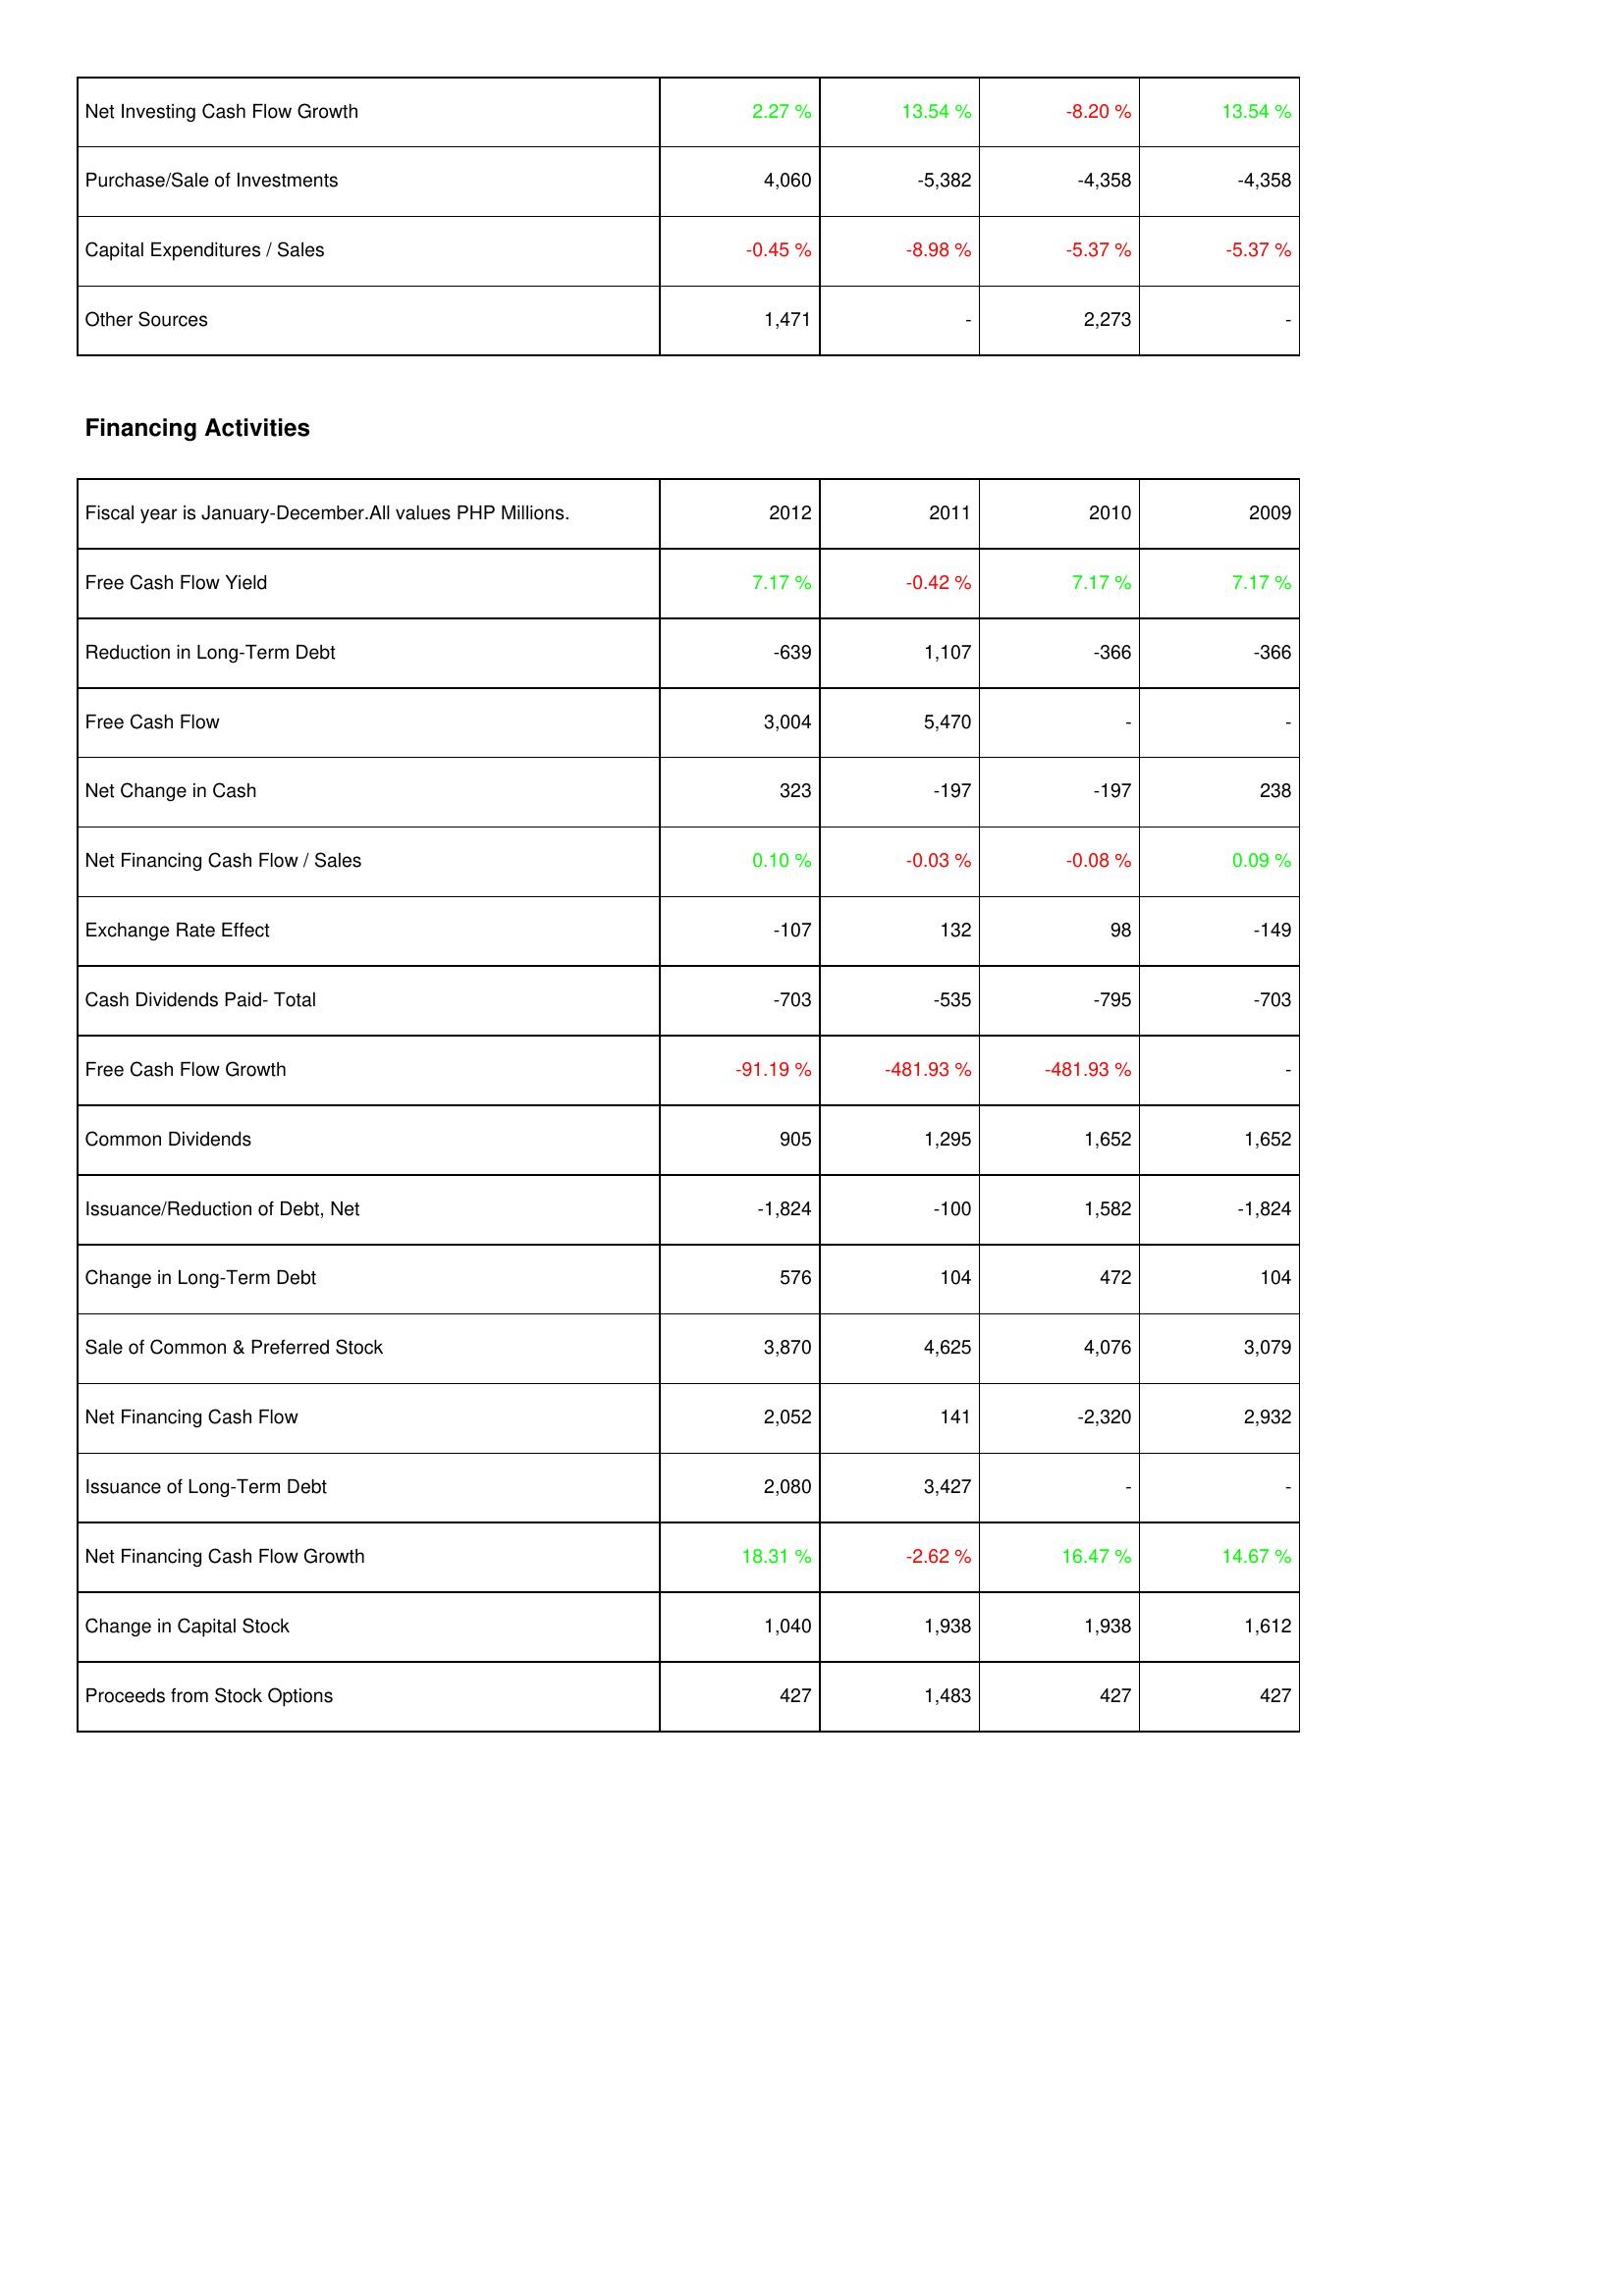
2012: Investing Activities: Net Investing Cash Flow Growth: 2.27 %
Purchase/Sale of Investments: 4,060
Capital Expenditures / Sales: -0.45 %
Other Sources: 1,471
Financing Activities: Free Cash Flow Yield: 7.17 %
Reduction in Long-Term Debt: -639
Free Cash Flow: 3,004
Net Change in Cash: 323
Net Financing Cash Flow / Sales: 0.10 %
Exchange Rate Effect: -107
Cash Dividends Paid- Total: -703
Free Cash Flow Growth: -91.19 %
Common Dividends: 905
Issuance/Reduction of Debt, Net: -1,824
Change in Long-Term Debt: 576
Sale of Common & Preferred Stock: 3,870
Net Financing Cash Flow: 2,052
Issuance of Long-Term Debt: 2,080
Net Financing Cash Flow Growth: 18.31 %
Change in Capital Stock: 1,040
Proceeds from Stock Options: 427
2011: Investing Activities: Net Investing Cash Flow Growth: 13.54 %
Purchase/Sale of Investments: -5,382
Capital Expenditures / Sales: -8.98 %
Other Sources: -
Financing Activities: Free Cash Flow Yield: -0.42 %
Reduction in Long-Term Debt: 1,107
Free Cash Flow: 5,470
Net Change in Cash: -197
Net Financing Cash Flow / Sales: -0.03 %
Exchange Rate Effect: 132
Cash Dividends Paid- Total: -535
Free Cash Flow Growth: -481.93 %
Common Dividends: 1,295
Issuance/Reduction of Debt, Net: -100
Change in Long-Term Debt: 104
Sale of Common & Preferred Stock: 4,625
Net Financing Cash Flow: 141
Issuance of Long-Term Debt: 3,427
Net Financing Cash Flow Growth: -2.62 %
Change in Capital Stock: 1,938
Proceeds from Stock Options: 1,483
2010: Investing Activities: Net Investing Cash Flow Growth: -8.20 %
Purchase/Sale of Investments: -4,358
Capital Expenditures / Sales: -5.37 %
Other Sources: 2,273
Financing Activities: Free Cash Flow Yield: 7.17 %
Reduction in Long-Term Debt: -366
Free Cash Flow: -
Net Change in Cash: -197
Net Financing Cash Flow / Sales: -0.08 %
Exchange Rate Effect: 98
Cash Dividends Paid- Total: -795
Free Cash Flow Growth: -481.93 %
Common Dividends: 1,652
Issuance/Reduction of Debt, Net: 1,582
Change in Long-Term Debt: 472
Sale of Common & Preferred Stock: 4,076
Net Financing Cash Flow: -2,320
Issuance of Long-Term Debt: -
Net Financing Cash Flow Growth: 16.47 %
Change in Capital Stock: 1,938
Proceeds from Stock Options: 427
2009: Investing Activities: Net Investing Cash Flow Growth: 13.54 %
Purchase/Sale of Investments: -4,358
Capital Expenditures / Sales: -5.37 %
Other Sources: -
Financing Activities: Free Cash Flow Yield: 7.17 %
Reduction in Long-Term Debt: -366
Free Cash Flow: -
Net Change in Cash: 238
Net Financing Cash Flow / Sales: 0.09 %
Exchange Rate Effect: -149
Cash Dividends Paid- Total: -703
Free Cash Flow Growth: -
Common Dividends: 1,652
Issuance/Reduction of Debt, Net: -1,824
Change in Long-Term Debt: 104
Sale of Common & Preferred Stock: 3,079
Net Financing Cash Flow: 2,932
Issuance of Long-Term Debt: -
Net Financing Cash Flow Growth: 14.67 %
Change in Capital Stock: 1,612
Proceeds from Stock Options: 427